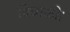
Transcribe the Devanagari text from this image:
दिवाळी।